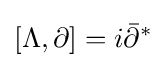
[\Lambda ,\partial ]=i{\bar {\partial }}^{*}